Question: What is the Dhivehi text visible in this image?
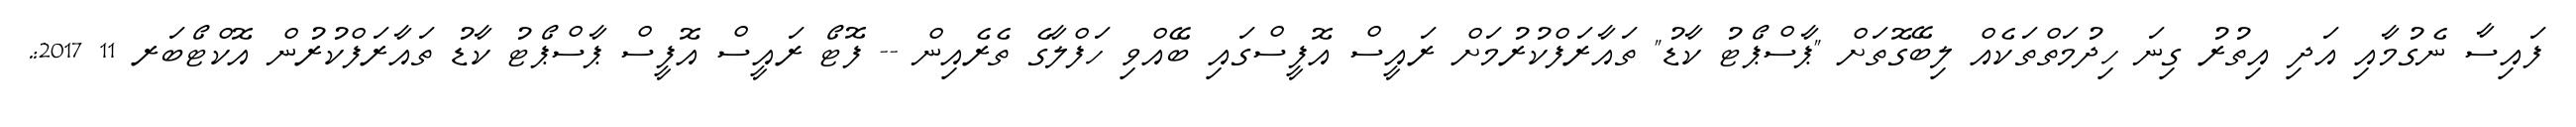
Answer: ފައިސާ ނެގުމާއި އަދި އިތުރު ގިނަ ހިދުމަތްތަކެއް ލިބޭގޮތަށް "ޕާސްޕޯޓު ކާޑު" ތައާރަފްކުރުމަށް ރައީސް އޮފީސްގައި ބޭއްވި ހަފްލާގެ ތެރެއިން -- ފޮޓޯ ރައީސް އޮފީސް ޕާސްޕޯޓު ކާޑު ތައާރަފްކުރުން އޮކްޓޯބަރ 11 2017:.